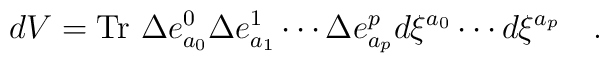
dV = {\rm Tr} ~\Delta e_{a_0}^0 \Delta e_{a_1}^1 \cdots \Delta e_{a_p}^p  d \xi^{a_0} \cdots d \xi^{a_p}\quad .